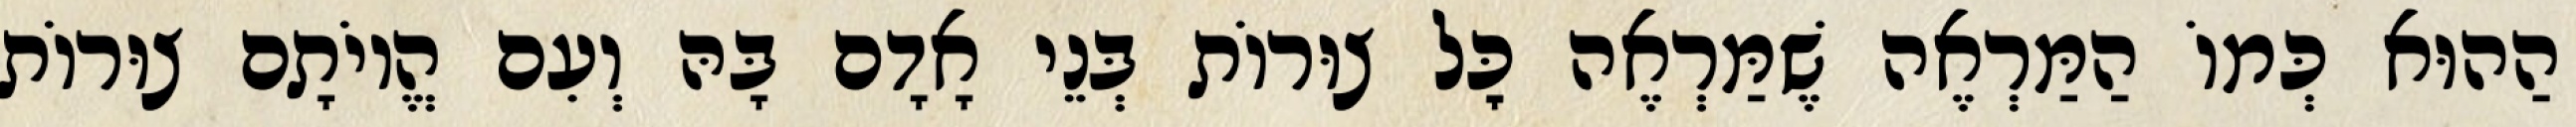
הַהוּא כְּמוֹ הַמַּרְאֶה שֶׁמַּרְאֶה כׇּל צוּרוֹת בְּנֵי אָדָם בָּהּ וְעִם הֱיוֹתָם צוּרוֹת